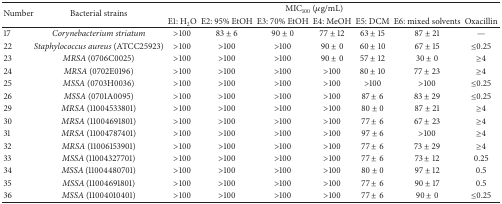
<table><thead><tr><td rowspan="2"><b>Number</b></td><td rowspan="2"><b>Bacterial strains</b></td><td colspan="6"><b>MIC<sub>100</sub> (<i>μ</i>g/mL)</b></td><td><b> </b></td></tr><tr><td><b>E1: H<sub>2</sub>O</b></td><td><b>E2: 95% EtOH</b></td><td><b>E3: 70% EtOH</b></td><td><b>E4: MeOH</b></td><td><b>E5: DCM</b></td><td><b>E6: mixed solvents</b></td><td><b>Oxacillin</b></td></tr></thead><tbody><tr><td>17</td><td><i>Corynebacterium striatum </i></td><td>&gt;100</td><td>83 ± 6</td><td>90 ± 0</td><td>77 ± 12</td><td>63 ± 15</td><td>87 ± 21</td><td>—</td></tr><tr><td>22</td><td><i>Staphylococcus aureus</i> (ATCC25923)</td><td>&gt;100</td><td>&gt;100</td><td>&gt;100</td><td>90 ± 0 </td><td>60 ± 10</td><td>67 ± 15 </td><td>≤0.25</td></tr><tr><td>23</td><td><i>MRSA </i>(0706C0025)</td><td>&gt;100</td><td>&gt;100</td><td>&gt;100</td><td>90 ± 0</td><td>57 ± 12</td><td>30 ± 0</td><td>≥4</td></tr><tr><td>24</td><td><i>MRSA</i> (0702E0196)</td><td>&gt;100</td><td>&gt;100</td><td>&gt;100</td><td>&gt;100</td><td>80 ± 10</td><td>77 ± 23</td><td>≥4</td></tr><tr><td>25</td><td><i>MSSA</i> (0703H0036)</td><td>&gt;100</td><td>&gt;100</td><td>&gt;100</td><td>&gt;100</td><td>&gt;100</td><td>&gt;100</td><td>≤0.25</td></tr><tr><td>26</td><td><i>MSSA</i> (0701A0095)</td><td>&gt;100</td><td>&gt;100</td><td>&gt;100</td><td>&gt;100</td><td>87 ± 6</td><td>83 ± 29</td><td>≤0.25</td></tr><tr><td>29</td><td><i>MRSA </i>(11004533801)</td><td>&gt;100</td><td>&gt;100</td><td>&gt;100</td><td>&gt;100</td><td>80 ± 0</td><td>87 ± 21</td><td>≥4</td></tr><tr><td>30</td><td><i>MRSA </i>(11004691801)</td><td>&gt;100</td><td>&gt;100</td><td>&gt;100</td><td>&gt;100</td><td>77 ± 6</td><td>67 ± 23</td><td>≥4</td></tr><tr><td>31</td><td><i>MRSA </i>(11004787401)</td><td>&gt;100</td><td>&gt;100</td><td>&gt;100</td><td>&gt;100</td><td>97 ± 6</td><td>&gt;100</td><td>≥4</td></tr><tr><td>32</td><td><i>MRSA </i>(11006153901)</td><td>&gt;100</td><td>&gt;100</td><td>&gt;100</td><td>&gt;100</td><td>77 ± 6</td><td>73 ± 29</td><td>≥4</td></tr><tr><td>33</td><td><i>MSSA </i>(11004327701)</td><td>&gt;100</td><td>&gt;100</td><td>&gt;100</td><td>&gt;100</td><td>77 ± 6</td><td>73 ± 12</td><td>0.25</td></tr><tr><td>34</td><td><i>MSSA </i>(11004480701)</td><td>&gt;100</td><td>&gt;100</td><td>&gt;100</td><td>&gt;100</td><td>80 ± 0</td><td>97 ± 12</td><td>0.5</td></tr><tr><td>35</td><td><i>MSSA </i>(11004691801)</td><td>&gt;100</td><td>&gt;100</td><td>&gt;100</td><td>&gt;100</td><td>77 ± 6</td><td>90 ± 17</td><td>0.5</td></tr><tr><td>36</td><td><i>MSSA</i> (11004010401)</td><td>&gt;100</td><td>&gt;100</td><td>&gt;100</td><td>&gt;100</td><td>77 ± 6</td><td>90 ± 0</td><td>≤0.25</td></tr></tbody></table>